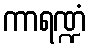
ကာရဏ္ဍံ